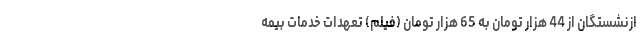
ازنشستگان از 44 هزار تومان به 65 هزار تومان (فیلم) تعهدات خدمات بیمه